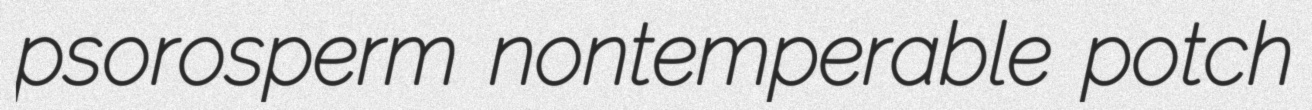
psorosperm nontemperable potch